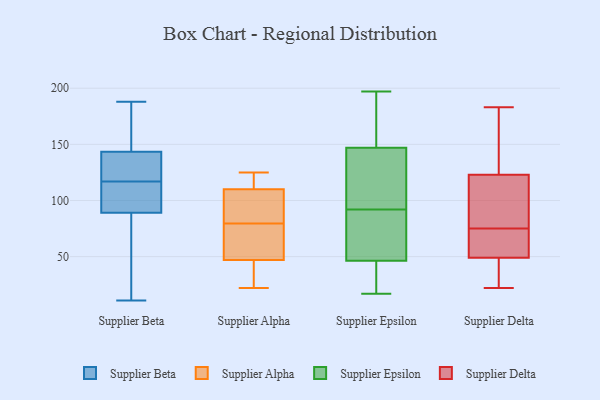
{"axis": {"x": "Headcount", "y": "Value"}, "legend": ["Supplier Alpha", "Supplier Beta", "Supplier Delta", "Supplier Epsilon"], "data": [{"x": "", "y": 89, "type": "Supplier Beta"}, {"x": "", "y": 188, "type": "Supplier Beta"}, {"x": "", "y": 126, "type": "Supplier Beta"}, {"x": "", "y": 153, "type": "Supplier Beta"}, {"x": "", "y": 111, "type": "Supplier Beta"}, {"x": "", "y": 176, "type": "Supplier Beta"}, {"x": "", "y": 123, "type": "Supplier Beta"}, {"x": "", "y": 36, "type": "Supplier Beta"}, {"x": "", "y": 129, "type": "Supplier Beta"}, {"x": "", "y": 143, "type": "Supplier Beta"}, {"x": "", "y": 21, "type": "Supplier Beta"}, {"x": "", "y": 105, "type": "Supplier Beta"}, {"x": "", "y": 105, "type": "Supplier Beta"}, {"x": "", "y": 11, "type": "Supplier Beta"}, {"x": "", "y": 89, "type": "Supplier Beta"}, {"x": "", "y": 144, "type": "Supplier Beta"}, {"x": "", "y": 97, "type": "Supplier Alpha"}, {"x": "", "y": 40, "type": "Supplier Alpha"}, {"x": "", "y": 22, "type": "Supplier Alpha"}, {"x": "", "y": 59, "type": "Supplier Alpha"}, {"x": "", "y": 29, "type": "Supplier Alpha"}, {"x": "", "y": 125, "type": "Supplier Alpha"}, {"x": "", "y": 54, "type": "Supplier Alpha"}, {"x": "", "y": 120, "type": "Supplier Alpha"}, {"x": "", "y": 115, "type": "Supplier Alpha"}, {"x": "", "y": 62, "type": "Supplier Alpha"}, {"x": "", "y": 102, "type": "Supplier Alpha"}, {"x": "", "y": 105, "type": "Supplier Alpha"}, {"x": "", "y": 41, "type": "Supplier Epsilon"}, {"x": "", "y": 147, "type": "Supplier Epsilon"}, {"x": "", "y": 146, "type": "Supplier Epsilon"}, {"x": "", "y": 63, "type": "Supplier Epsilon"}, {"x": "", "y": 149, "type": "Supplier Epsilon"}, {"x": "", "y": 197, "type": "Supplier Epsilon"}, {"x": "", "y": 123, "type": "Supplier Epsilon"}, {"x": "", "y": 26, "type": "Supplier Epsilon"}, {"x": "", "y": 36, "type": "Supplier Epsilon"}, {"x": "", "y": 50, "type": "Supplier Epsilon"}, {"x": "", "y": 133, "type": "Supplier Epsilon"}, {"x": "", "y": 92, "type": "Supplier Epsilon"}, {"x": "", "y": 147, "type": "Supplier Epsilon"}, {"x": "", "y": 48, "type": "Supplier Epsilon"}, {"x": "", "y": 179, "type": "Supplier Epsilon"}, {"x": "", "y": 17, "type": "Supplier Epsilon"}, {"x": "", "y": 65, "type": "Supplier Epsilon"}, {"x": "", "y": 148, "type": "Supplier Delta"}, {"x": "", "y": 86, "type": "Supplier Delta"}, {"x": "", "y": 78, "type": "Supplier Delta"}, {"x": "", "y": 72, "type": "Supplier Delta"}, {"x": "", "y": 22, "type": "Supplier Delta"}, {"x": "", "y": 161, "type": "Supplier Delta"}, {"x": "", "y": 49, "type": "Supplier Delta"}, {"x": "", "y": 183, "type": "Supplier Delta"}, {"x": "", "y": 44, "type": "Supplier Delta"}, {"x": "", "y": 56, "type": "Supplier Delta"}, {"x": "", "y": 72, "type": "Supplier Delta"}, {"x": "", "y": 103, "type": "Supplier Delta"}, {"x": "", "y": 25, "type": "Supplier Delta"}, {"x": "", "y": 123, "type": "Supplier Delta"}]}